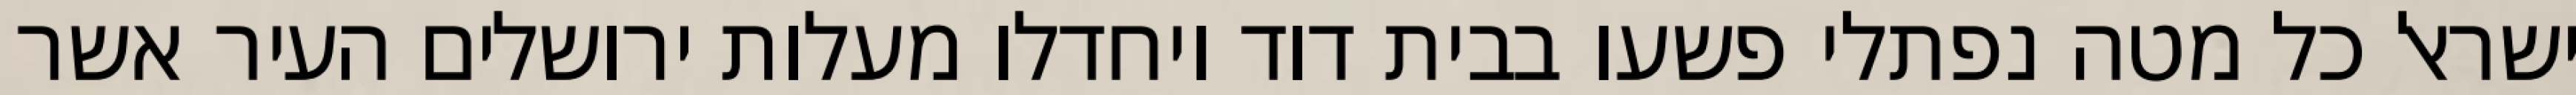
ישראל כל מטה נפתלי פשעו בבית דוד ויחדלו מעלות ירושלים העיר אשר